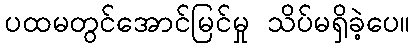
ပထမတွင်အောင်မြင်မှု သိပ်မရှိခဲ့ပေ။